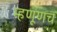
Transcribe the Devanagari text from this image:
म्हणूणच